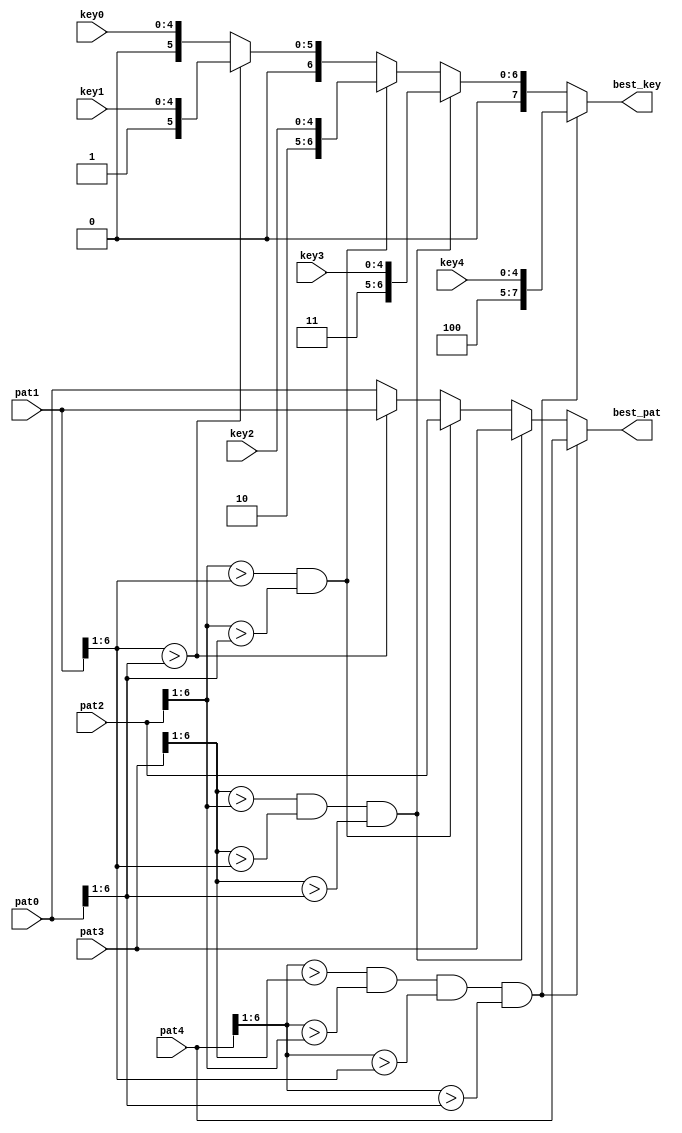
`timescale 1ns / 1ps
//-------------------------------------------------------------------------------------------------------------------
// Finds best 1 of 5 1/2-strip patterns comparing all patterns simultaneously
//
//	11/08/06	Initial
//	12/13/06 Non-busy version
//	12/20/06 Replace envelope hits with pattern ids
//	12/22/06 Sort based on 6-bit patterns instead of just number of hits
//	01/10/07 Increase pattern bits to 3 hits + 4 bends
//	02/01/07 Revert from sorting on patterns to sorting on hits
//	02/20/07 Go back to sorting on pattern numbers
//	05/08/07 Change pattern numbers 1-9 to 0-8 so lsb now implies bend direction, ignore lsb during sort
//	08/11/10 Port to ise 12
//-------------------------------------------------------------------------------------------------------------------
	module best_1of5
	(
	pat0, pat1, pat2, pat3, pat4,
	key0, key1, key2, key3, key4,
	best_pat,
	best_key
	);

// Constants
	parameter MXPIDB		=	4;				// Pattern ID bits
	parameter MXHITB		=	3;				// Hits on pattern bits
	parameter MXPATB		=	3+4;			// Pattern bits
	parameter MXKEYB		=	5;				// Number of 1/2-strip key bits on 1 CFEB
	parameter MXKEYBX		=	8;				// Number of 1/2-strip key bits on 5 CFEBs

// Ports	
	input	[MXPATB-1:0]	pat0, pat1, pat2, pat3, pat4;
	input	[MXKEYB-1:0]	key0, key1, key2, key3, key4;
	
	output	[MXPATB-1:0]	best_pat;
	output	[MXKEYBX-1:0]	best_key;
	
// Stage 3: Best 1 of 5
	reg	[MXPATB-1:0]	best_pat;
	reg	[MXKEYBX-1:0]	best_key;

	always @* begin
	if 	   ((pat4[6:1] > pat3[6:1]) &&
			(pat4[6:1] > pat2[6:1]) &&
			(pat4[6:1] > pat1[6:1]) &&
			(pat4[6:1] > pat0[6:1]))
			begin
			best_pat	= pat4;
			best_key	= {3'd4,key4};
			end

	else if((pat3[6:1] > pat2[6:1]) &&
			(pat3[6:1] > pat1[6:1]) &&
			(pat3[6:1] > pat0[6:1]))
			begin
			best_pat	= pat3;
			best_key	= {3'd3,key3};
			end

	else if((pat2[6:1] > pat1[6:1]) &&
			(pat2[6:1] > pat0[6:1]))
			begin
			best_pat	= pat2;
			best_key	= {3'd2,key2};
			end

	else if(pat1[6:1] > pat0[6:1])
			begin
			best_pat	= pat1;
			best_key	= {3'd1,key1};
			end

	else
			begin
			best_pat	= pat0;
			best_key	= {3'd0,key0};
			end
	end

	endmodule